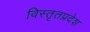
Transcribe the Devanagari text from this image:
विस्तृतप्रदेश